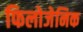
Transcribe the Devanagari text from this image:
फिलोजेनिक